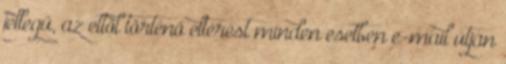
jellegű, az ettől történő eltérést minden esetben e-mail útján